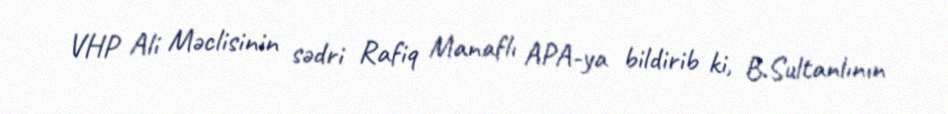
VHP Ali Məclisinin sədri Rafiq Manaflı APA-ya bildirib ki, B.Sultanlının